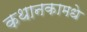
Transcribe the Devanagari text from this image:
कथानकामधे